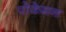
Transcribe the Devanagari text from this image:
पोकेमन